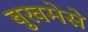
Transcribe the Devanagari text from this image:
बुखमेसे